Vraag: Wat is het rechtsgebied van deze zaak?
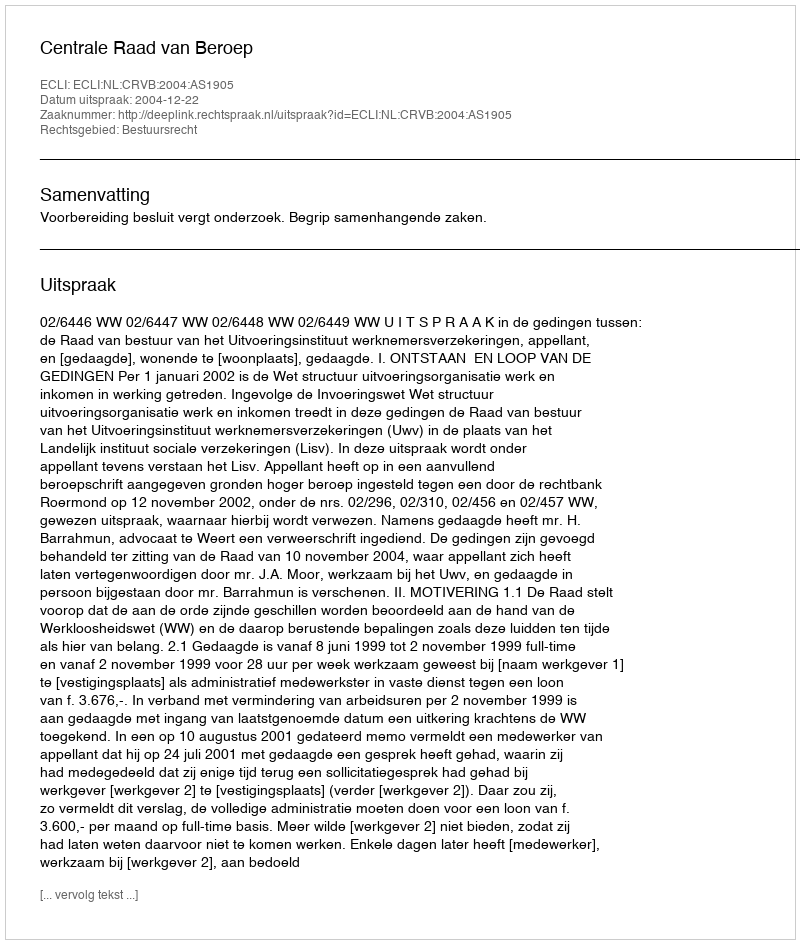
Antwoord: Bestuursrecht